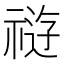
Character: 𰨊